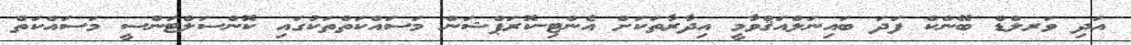
އަދި ވަރލްޑް ބޭންކް ފަދަ ބައިނަލްއަޤްވާމީ އިދާރާތަކަށް އެންޓި-ކޮރަޕްޝަން މަސައްކަތްތަކުގައި ކޮންސަލްޓަންސީ މަސައްކަތް